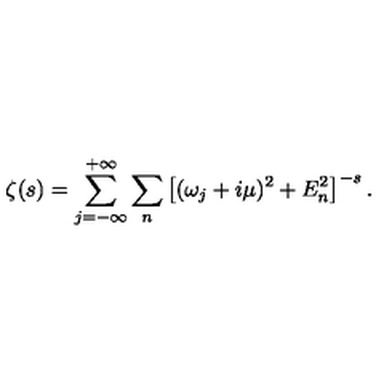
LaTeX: \zeta ( s ) = \sum _ { j = - \infty } ^ { + \infty } \sum _ { n } \left[ ( \omega _ { j } + i \mu ) ^ { 2 } + E _ { n } ^ { 2 } \right] ^ { - s } .